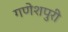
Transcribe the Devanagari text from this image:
गणेशपुरी